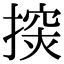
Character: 𢲘